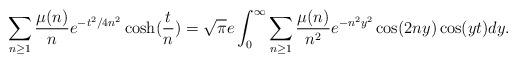
LaTeX: \begin{align*} \sum_{n\ge1}\frac{\mu(n)}{n}e^{-t^2/{4n^2}}\cosh(\frac{t}{n})=\sqrt{\pi}e\int_{0}^{\infty}\sum_{n\ge1}\frac{\mu(n)}{n^2}e^{-n^2 y^2}\cos(2n y)\cos(yt)dy.\end{align*}